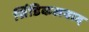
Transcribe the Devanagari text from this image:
सिंडिकलवाद